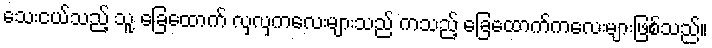
သေးငယ်သည့် သူ့ ခြေထောက် လှလှကလေးများသည် ကသည့် ခြေထောက်ကလေးများဖြစ်သည်။